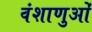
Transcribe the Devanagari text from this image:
वंशाणुओं